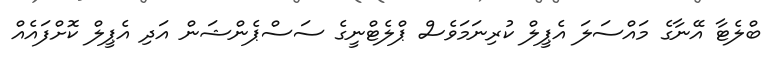
ބްލެޓާ އޭނާގެ މައްސަލަ އެޕީލް ކުރިނަމަވެސް ޕްލެޓްނީގެ ސަސްޕެންޝަން އަދި އެޕީލް ކޮށްފައެއް